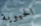
الحيوية